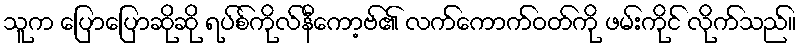
သူက ပြောပြောဆိုဆို ရပ်စ်ကိုလ်နီကော့ဗ်၏ လက်ကောက်ဝတ်ကို ဖမ်းကိုင် လိုက်သည်။